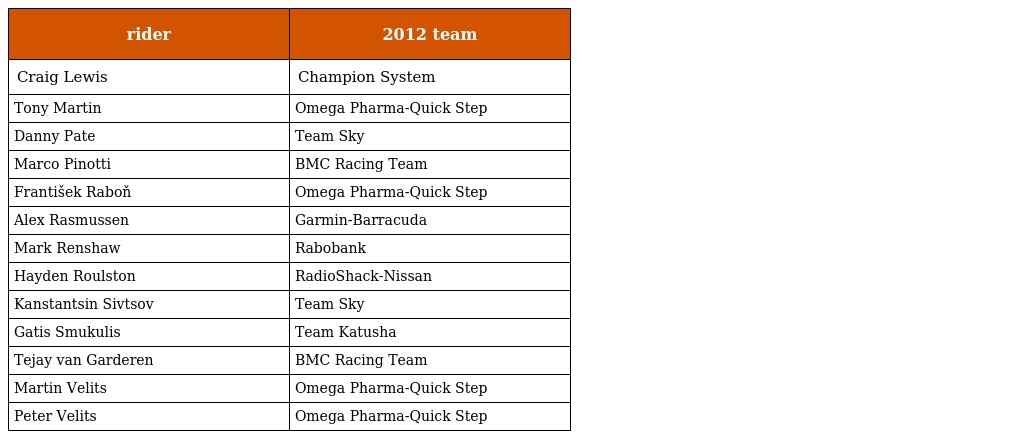
| rider | 2012 team |
 | --- | --- |
 | Craig Lewis | Champion System |
 | Tony Martin | Omega Pharma-Quick Step |
 | Danny Pate | Team Sky |
 | Marco Pinotti | BMC Racing Team |
 | František Raboň | Omega Pharma-Quick Step |
 | Alex Rasmussen | Garmin-Barracuda |
 | Mark Renshaw | Rabobank |
 | Hayden Roulston | RadioShack-Nissan |
 | Kanstantsin Sivtsov | Team Sky |
 | Gatis Smukulis | Team Katusha |
 | Tejay van Garderen | BMC Racing Team |
 | Martin Velits | Omega Pharma-Quick Step |
 | Peter Velits | Omega Pharma-Quick Step |